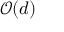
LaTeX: { \mathcal { O } } ( d )